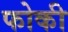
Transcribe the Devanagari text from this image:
फोकी